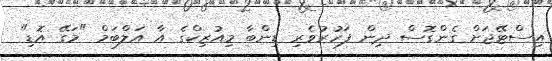
އިސްޓޭޖަށް ގެންގޮސް ދިން ފަހުރުވެރި ޑިންބާ މިއުޒިކްގެ އާ އަލްބަމް "މަގޭ އޮޑި"